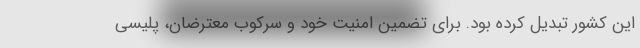
این کشور تبدیل کرده بود. برای تضمین امنیت خود و سرکوب معترضان، پلیسی